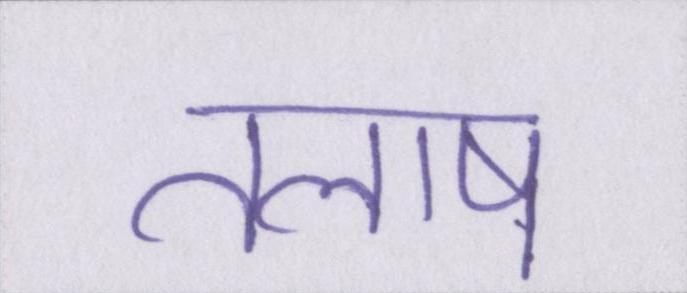
तलाष